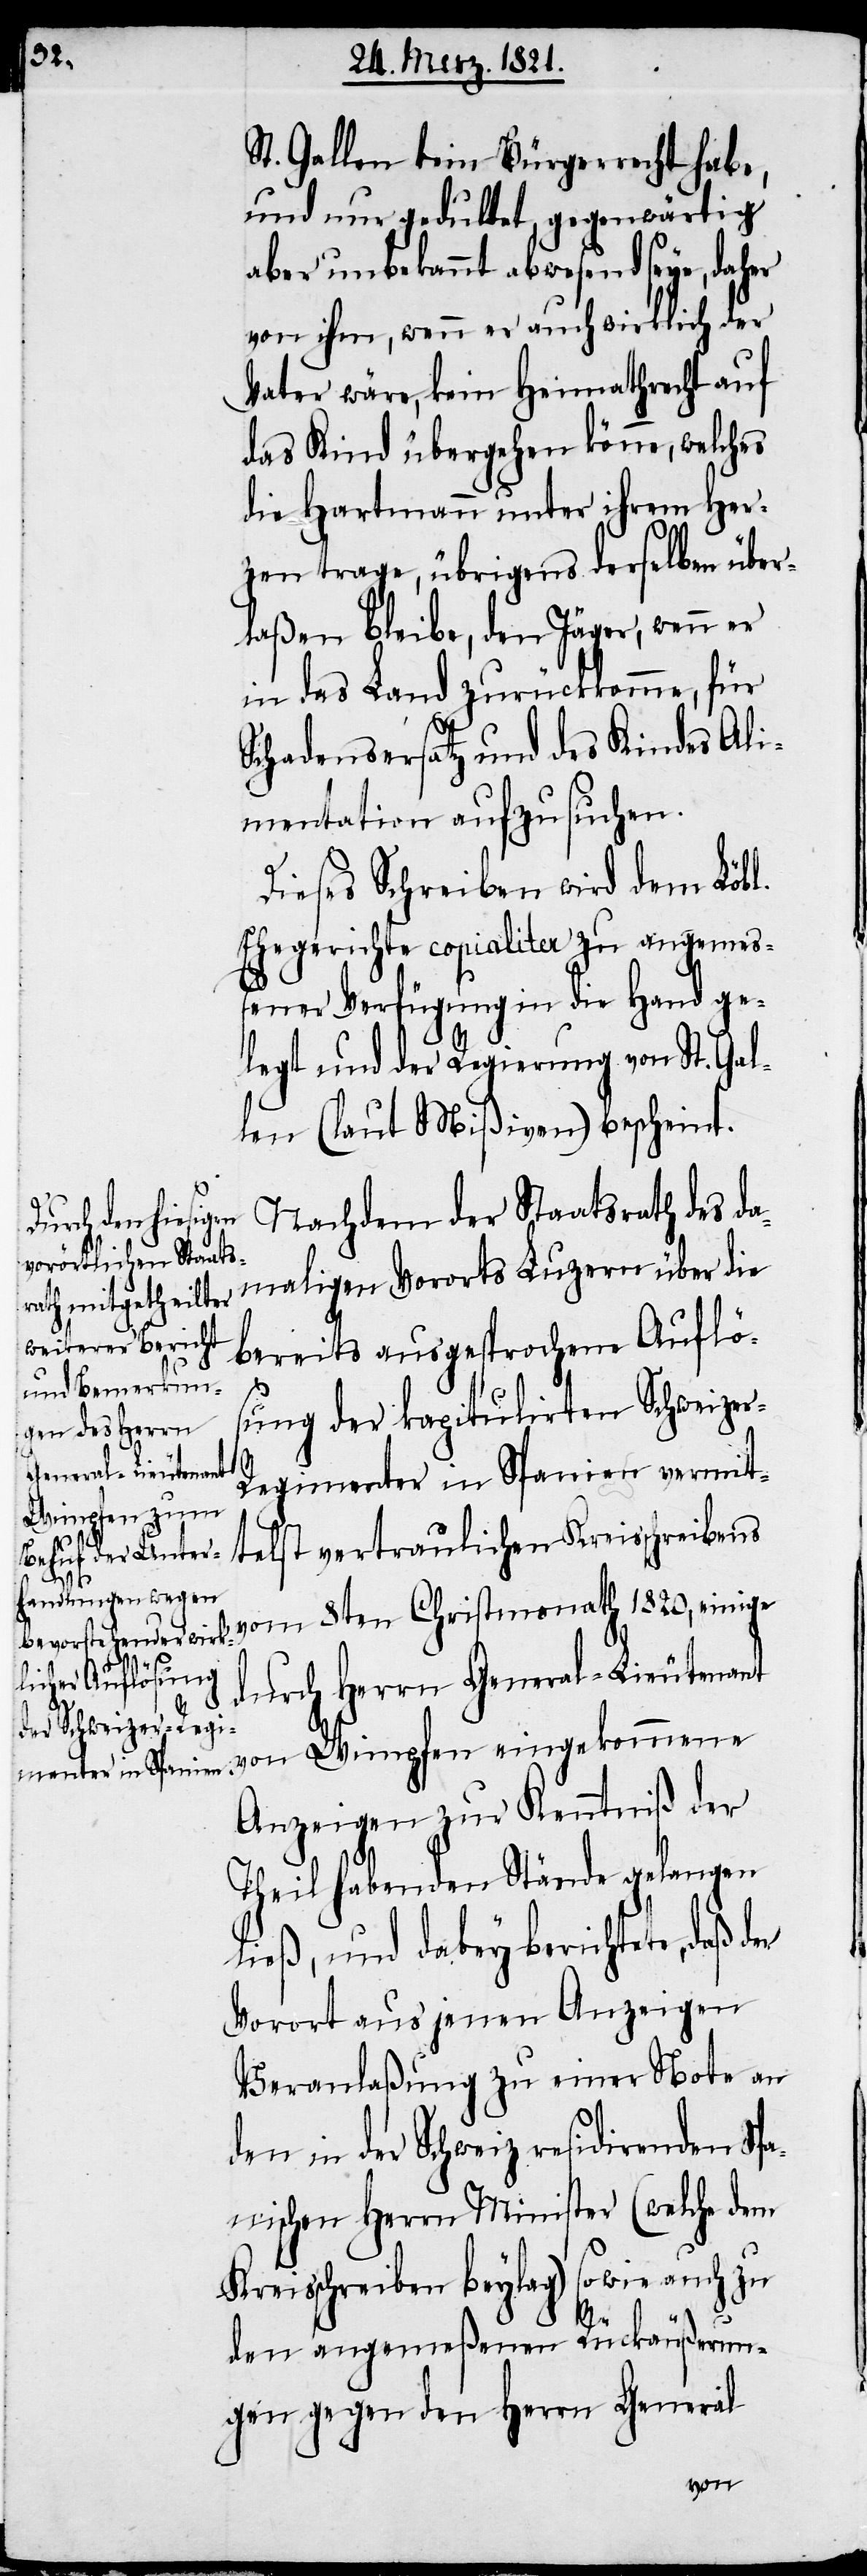
St. Gallen kein Bürgerrecht habe,
und nur geduldet, gegenwärtig
aber unbekannt abwesend seye, daher
von ihm, wenn er auch wirklich der
Vater wäre, kein Heimathrecht auf
das Kind übergehen könne, welches
die Hartmann unter ihrem Her¬
zen trage, übrigens derselben über¬
laßen bleibe, den Jäger, wenn er
in das Land zurückkomme, für
Schadensersatz und des Kindes Ali¬
mentation aufzusuchen.
Dieses Schreiben wird dem Löbl.
Ehegerichte copialiter zu angemeß¬
ener Verfügung in die Hand ge¬
legt und der Regierung von St. Gal¬
len (laut Mißiven) bescheint.
Nachdem der Staatsrath des da¬
maligen Vororts Luzern über die
bereits ausgesprochene Auflös¬
ung der kapitulirten Schweize¬
r-Regimenter in Spanien vermit¬
telst vertraulichen Kreisschreibens
vom 8ten Christmonath 1820, einige
durch Herrn General-Lieutenant
von Wimpfen eingekommenen
Anzeigen zur Kenntniß der
Theil habenden Stände gelangen
ließ, und dabey berichtete, daß der
Vorort aus jenen Anzeigen
Veranlaßung zu einer Note an
den in der Schweiz residirenden Spa¬
nischen Herrn Minister (welche dem
Kreisschreiben beylag) sowie auch zu
den angemeßenen Rückäußerun¬
gen gegen den Herrn General